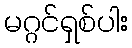
မဂ္ဂင်ရှစ်ပါး